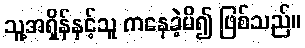
သူ့အရှိန်နှင့်သူ ကနေခဲ့မိ၍ ဖြစ်သည်။